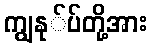
ကျွနု်ပ်တို့အား